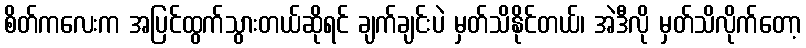
စိတ်ကလေးက အပြင်ထွက်သွားတယ်ဆိုရင် ချက်ချင်းပဲ မှတ်သိနိုင်တယ်၊ အဲဒီလို မှတ်သိလိုက်တော့